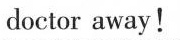
doctor away!